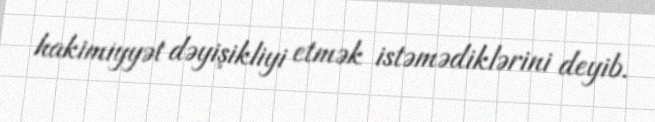
hakimiyyət dəyişikliyi etmək istəmədiklərini deyib.